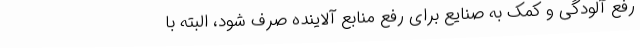
رفع آلودگی و کمک به صنایع برای رفع منابع آلاینده صرف شود، البته با